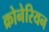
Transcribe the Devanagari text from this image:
क्रोनेरियन